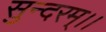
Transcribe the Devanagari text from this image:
सुन्दरम्।।